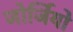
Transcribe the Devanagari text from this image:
जोर्जियो